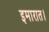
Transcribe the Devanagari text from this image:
इमारात।